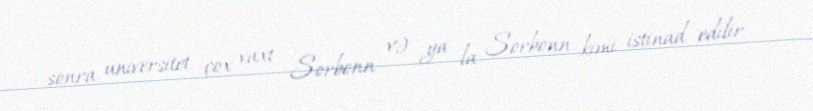
sonra, universitet çox vaxt Sorbonn və ya la Sorbonn kimi istinad edilir.